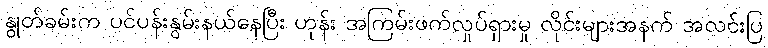
နွုတ်ခမ်းက ပင်ပန်းနွမ်းနယ်နေပြီး ဟုန်း အကြမ်းဖက်လှုပ်ရှားမှု လိုင်းများအနက် အလင်းပြ